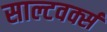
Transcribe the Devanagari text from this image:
साल्टवर्क्स